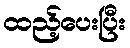
ထည့်ပေးပြီး